Civil Veterinary Dept. Bombay admin report 1893-99 - 1893-1899
Year: 1893
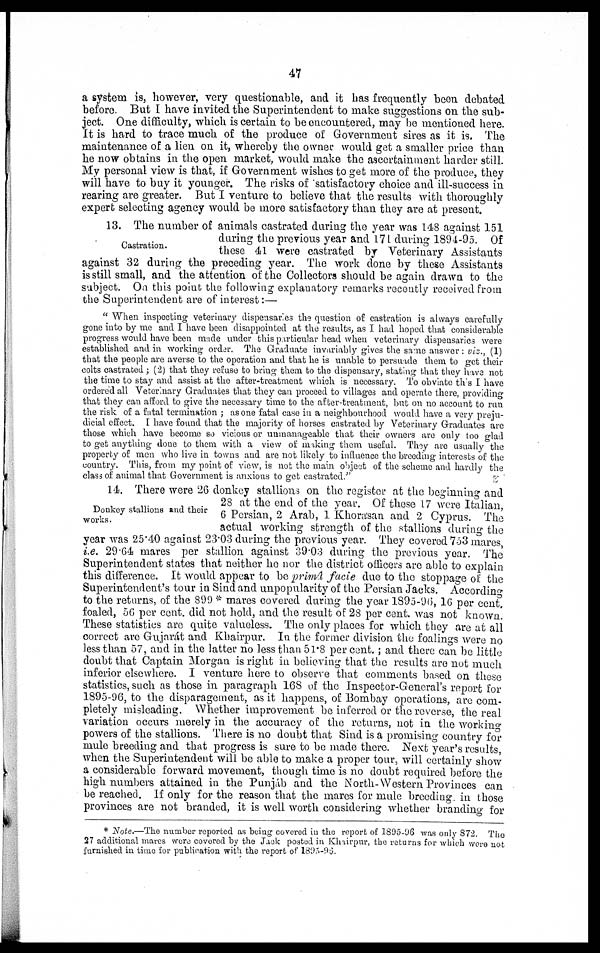
47
a system is, however, very questionable, and it has frequently been debated
before. But I have invited the Superintendent to make suggestions on the sub-
ject. One difficulty, which is certain to be encountered, may be mentioned here.
It is hard to trace much of the produce of Government sires as it is. The
maintenance of a lien on it, whereby the owner would get a smaller price than
he now obtains in the open market, would make the ascertainment harder still.
My personal view is that, if Government wishes to get more of the produce, they
will have to buy it younger. The risks of satisfactory choice and ill-success in
rearing are greater. But I venture to believe that the results with thoroughly
expert selecting agency would be more satisfactory than they are at present.
Castration.
13. The number of animals castrated during the year was 148 against 151
during the previous year and 171 during 1894-95. Of
these 41 were castrated by Veterinary Assistants
against 32 during the preceding year. The work done by these Assistants
is still small, and the attention of the Collectors should be again drawn to the
subject. On this point the following explanatory remarks recently received from
the Superintendent are of interest:—
"When inspecting veterinary dispensaries the question of castration is always carefully
gone into by me and I have been disappointed at the results, as I had hoped that considerable
progress would have been made under this particular head when veterinary dispensaries were
established and in working order. The Graduate invariably gives the same answer: viz., (1)
that the people are averse to the operation and that he is unable to persuade them to get their
colts castrated; (2) that they refuse to bring them to the dispensary, stating that they have not
the time to stay and assist at the after-treatment which is necessary. To obviate this I have
ordered all Veterinary Graduates that they can proceed to villages and operate there, providing
that they can afford to give the necessary time to the after-treatment, but on no account to run
the risk of a fatal termination; as one fatal case in a neighbourhood would have a very preju-
dicial effect. I have found that the majority of horses castrated by Veterinary Graduates are
those which have become so vicious or unmanageable that their owners are only too glad
to get anything done to them with a view of making them useful. They are usually the
property of men who live in towns and are not likely to influence the breeding interests of the
country. This, from my point of view, is not the main object of the scheme and hardly the
class of animal that Government is anxious to get castrated."
Donkey stallions and their
works.
14. There were 26 donkey stallions on the register at the beginning and
28 at the end of the year. Of these 17 were Italian,
6 Persian, 2 Arab, 1 Khorasan and 2 Cyprus. The
actual working strength of the stallions during the
year was 25.40 against 23.03 during the previous year. They covered 753 mares,
i.e. 29.64 mares per stallion against 39.03 during the previous year. The
Superintendent states that neither he nor the district officers are able to explain
this difference. It would appear to be primâ facie due to the stoppage of the
Superintendent's tour in Sind and unpopularity of the Persian Jacks. According
to the returns, of the 899 * mares covered during the year 1895-96, 16 per cent.
foaled, 56 per cent. did not hold, and the result of 28 per cent. was not known.
These statistics are quite valueless. The only places for which they are at all
correct are Gujarát and Khairpur. In the former division the foalings were no
less than 57, and in the latter no less than 51.8 per cent.; and there can be little
doubt that Captain Morgan is right in believing that the results are not much
inferior elsewhere. I venture here to observe that comments based on these
statistics, such as those in paragraph 168 of the Inspector-General's report for
1895-96, to the disparagement, as it happens, of Bombay operations, are com-
pletely misleading. Whether improvement be inferred or the reverse, the real
variation occurs merely in the accuracy of the returns, not in the working
powers of the stallions. There is no doubt that Sind is a promising country for
mule breeding and that progress is sure to be made there. Next year's results,
when the Superintendent will be able to make a proper tour, will certainly show
a considerable forward movement, though time is no doubt required before the
high numbers attained in the Punjáb and the North-Western Provinces can
be reached. If only for the reason that the mares for mule breeding in those
provinces are not branded, it is well worth considering whether branding for
* Note.—The number reported as being covered in the report of 1895-96 was only 872. The
27 additional mares were covered by the Jack posted in Khairpur, the returns for which were not
furnished in time for publication with the report of 1895-96.